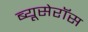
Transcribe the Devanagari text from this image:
ब्यूसेरॉस